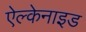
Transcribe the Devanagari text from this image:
ऐल्केनाइड